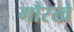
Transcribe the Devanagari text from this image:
गौरखे